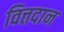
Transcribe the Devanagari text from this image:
वित्तदान